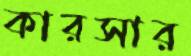
কারসার